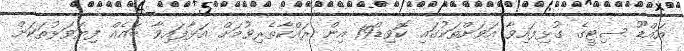
އައްޑޫ ސިޓީގެ ގުޅިފައިވާ އަވަށްތަކުގައި ކޮވިޑް19 އިން ރައްކާތެރިވުމަށް އަޅާފައިވާ ބައެއް ފިޔަވަޅުތަކަށް